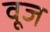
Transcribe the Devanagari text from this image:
वूज